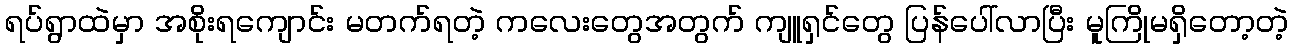
ရပ်ရွာထဲမှာ အစိုးရကျောင်း မတက်ရတဲ့ ကလေးတွေအတွက် ကျူရှင်တွေ ပြန်ပေါ်လာပြီး မူကြိုမရှိတော့တဲ့